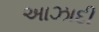
અાઝાદી